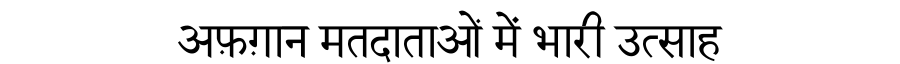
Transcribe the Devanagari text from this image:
अफ़ग़ान मतदाताओं में भारी उत्साह